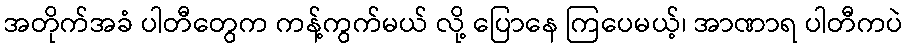
အတိုက်အခံ ပါတီတွေက ကန့်ကွက်မယ် လို့ ပြောနေ ကြပေမယ့်၊ အာဏာရ ပါတီကပဲ